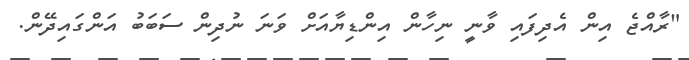
"ރާއްޖެ އިން އެދިފައި ވާނީ ނިހާން އިންޑިޔާއަށް ވަނަ ނުދިން ސަބަބު އަންގައިދޭން.